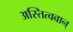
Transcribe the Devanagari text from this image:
अस्तित्ववान्‌